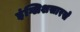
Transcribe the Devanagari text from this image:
इंग्लिशसारखे